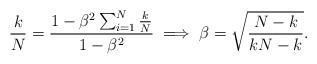
LaTeX: \begin{align*}{k\over N}={1-\beta^2\sum_{i=1}^N{k\over N}\over 1-\beta^2}\implies \beta=\sqrt{{N-k\over kN-k}}.\end{align*}